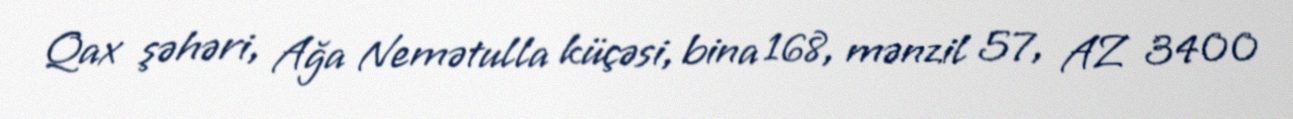
Qax şəhəri, Ağa Nemətulla küçəsi, bina 168, mənzil 57, AZ 3400